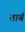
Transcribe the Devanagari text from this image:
तार्ब